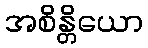
အစိန္တိယော